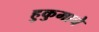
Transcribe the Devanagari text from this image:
हुकुमाचे